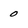
Character: 0